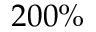
2 0 0 \%